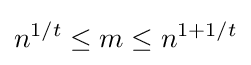
n^{1/t}\leq m\leq n^{1+1/t}